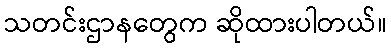
သတင်းဌာနတွေက ဆိုထားပါတယ်။